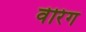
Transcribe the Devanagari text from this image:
वेरिंग